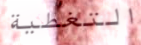
التغطية